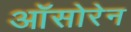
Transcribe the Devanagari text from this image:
ऑसोरेन